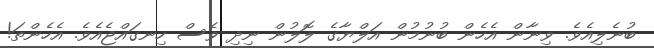
ބުނެލިއެވެ. ވިނާން އެހެން ބުނުމުން އަލްޔާގެ ލޮލުން ނިދި ވެސް ހިނގައްޖެއެވެ. އެހެންތަ!